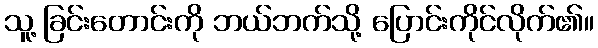
သူ့ ခြင်းတောင်းကို ဘယ်ဘက်သို့ ပြောင်းကိုင်လိုက်၏။